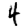
Digit: 4